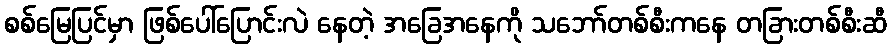
စစ်မြေပြင်မှာ ဖြစ်ပေါ်ပြောင်းလဲ နေတဲ့ အခြေအနေကို သဘော်တစ်စီးကနေ တခြားတစ်စီးဆီ